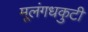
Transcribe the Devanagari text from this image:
मूलंगधकुटी